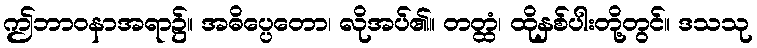
ဤဘာဝနာအရာ၌။ အဓိပ္ပေတော၊ လိုအပ်၏။ တတ္ထံ၊ ထိုနှစ်ပါးတို့တွင်။ ဒသသု